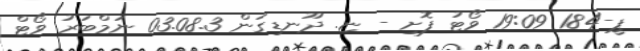
ޕީ-184 19:09 ވޯޓު ފޮށި - ޏ. ދޫނޑިގަން 03.08.3 ނަމްބަރު ވޯޓް